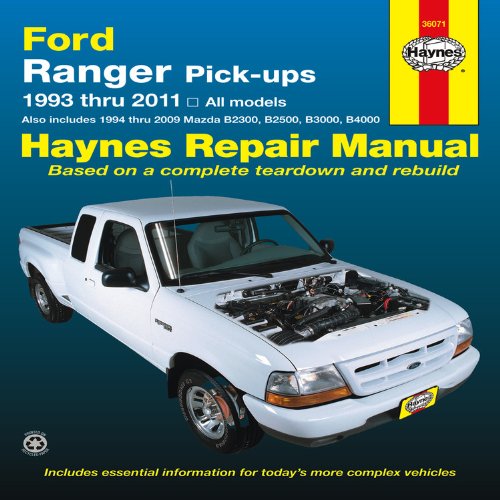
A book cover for Ford Ranger Pick-ups 1993 thru 2011: 1993 thru 2011 all models - Also includes 1994 thru 2009 Mazda B2300, B2500, B3000, B4000 (Haynes Repair Manual); Editors of Haynes Manuals; Engineering & Transportation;